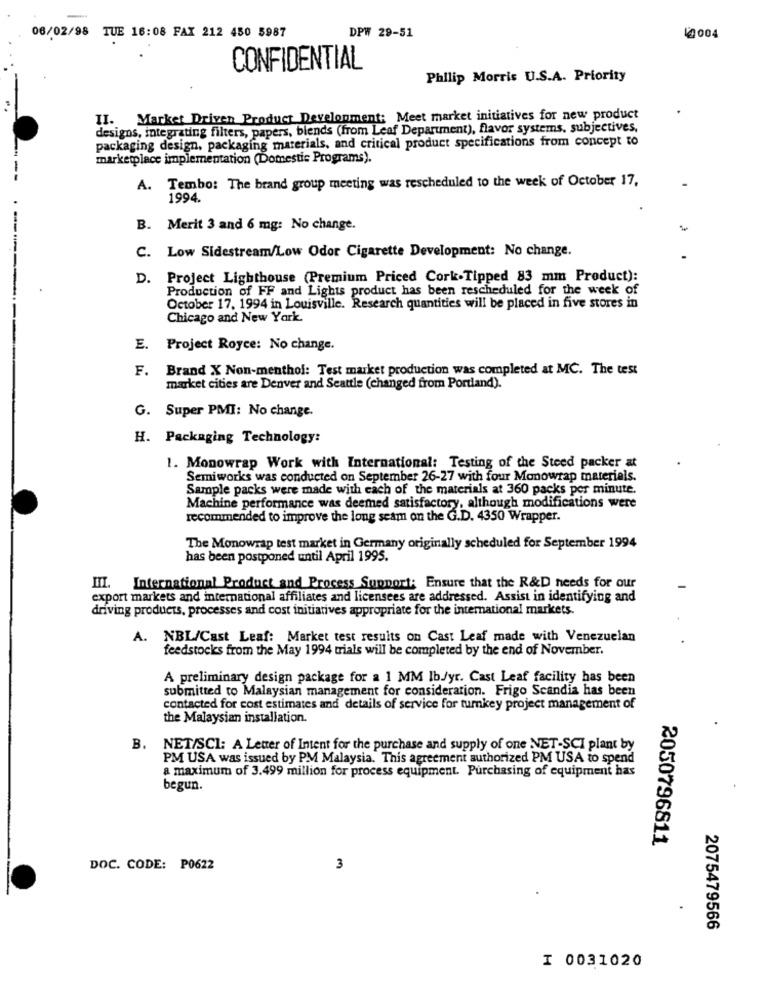
06/02/98 TUE 16:08 FAX 212 450 5987
DPW 29-51
10004
CONFIDENTIAL
Philip Morris U.S.A. Priority
II. Market Driven Product Development: Meet market initiatives for new product
designs, integrating filters, papers, blends (from Leaf Department), flavor systems. subjectives,
packaging design, packaging materials, and critical product specifications from concept to
marketplace implementation (Domestic Programs).
A. Tembo: The brand group meeting was rescheduled to the week of October 17,
1994.
B. Merit 3 and 6 mg: No change.
C. Low Sidestream/Low Odor Cigarette Development: No change.
D. Project Lighthouse (Premium Priced Cork-Tipped 83 mm Product):
Production of FF and Lights product has been rescheduled for the week of
October 17. 1994 in Louisville. Research quantities will be placed in five stores in
Chicago and New York.
E. Project Royce: No change.
F. Brand X Non-menthol: Test market production was completed at MC. The test
market cities are Denver and Seattle (changed from Portland).
G. Super PMI: No change.
H. Packaging Technology:
1. Monowrap Work with International: Testing of the Steed packer at
Semiworks was conducted on September 26-27 with four Monowrap materials.
Sample packs were made with each of the materials at 360 packs per minute.
Machine performance was deemed satisfactory, although modifications were
recommended to improve the long seam on the G.D. 4350 Wrapper.
The Monowrap test market in Germany originally scheduled for September 1994
has been postponed until April 1995.
III. International Product and Process Support; Ensure that the R&D needs for our
export markets and international affiliates and licensees are addressed. Assist in identifying and
driving products, processes and cost initiatives appropriate for the international markets.
A. NBL/Cast Leaf: Market test results on Cast Leaf made with Venezuelan
feedstocks from the May 1994 trials will be completed by the end of November.
A preliminary design package for a 1 MM Ib/yr. Cast Leaf facility has been
submitted to Malaysian management for consideration. Frigo Scandia has been
contacted for cost estimates and details of service for turkey project management of
the Malaysian installation.
B. NET/SCI: A Letter of Intent for the purchase and supply of one NET-SCI plant by
PM USA was issued by PM Malaysia. This agreement authorized PM USA to spend
a maximum of 3.499 million for process equipment. Purchasing of equipment has
begun.
2050796811
DOC. CODE: P0622
3
2075479566
I 0031020